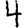
Digit: 4